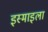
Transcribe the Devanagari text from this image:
इस्माइला